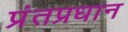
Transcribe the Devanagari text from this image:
प्रंतप्रधान